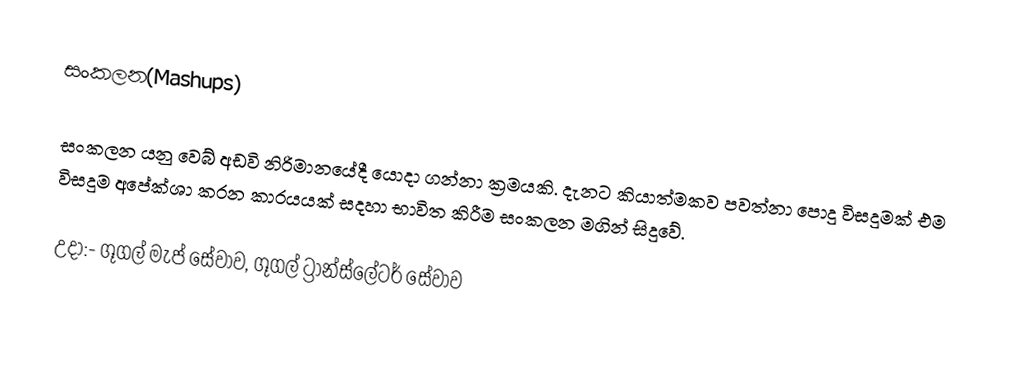
සංකලන(Mashups)

සංකලන යනු වෙබ් අඩවි නිරිමානයේදී යොදා ගන්නා ක්‍රමයකි. දැනට කියාත්මකව පවත්නා පොදු විසදුමක් එම විසදුම අපේක්ශා කරන කාරයයක් සදහා භාවිත කිරීම සංකලන මගින් සිදුවේ.

උදා:- ගූගල් මැප් සේවාව, ගූගල් ට්‍රාන්ස්ලේටර් සේවාව